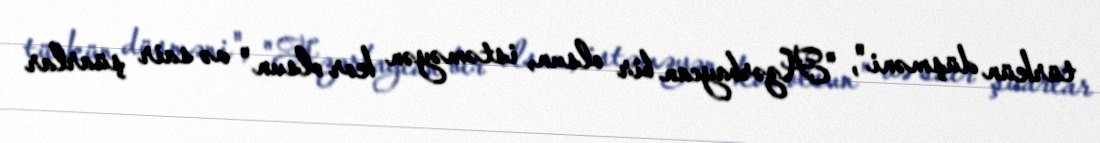
türkün düşməni", "Azərbaycan bir olsun, istəməyən kor olsun" və sair şüarlar